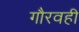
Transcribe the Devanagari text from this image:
गौरवही